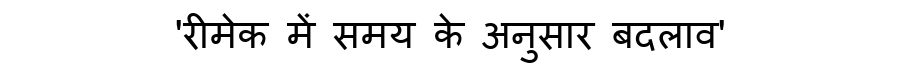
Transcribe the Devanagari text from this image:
'रीमेक में समय के अनुसार बदलाव'